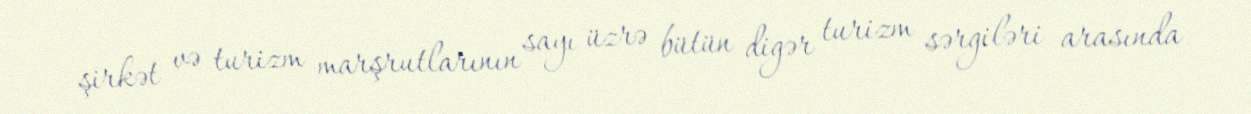
şirkət və turizm marşrutlarının sayı üzrə bütün digər turizm sərgiləri arasında